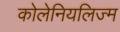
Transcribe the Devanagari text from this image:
कोलेनियलिज्म